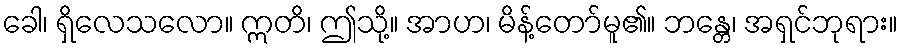
ခေါ၊ ရှိလေသလော။ ဣတိ၊ ဤသို့။ အာဟ၊ မိန့်တော်မူ၏။ ဘန္တေ၊ အရှင်ဘုရား။